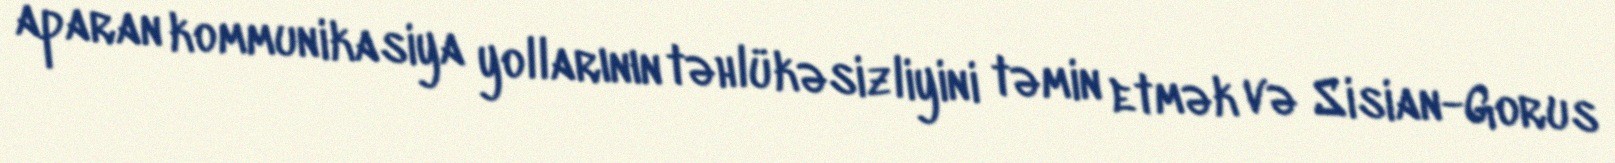
aparan kommunikasiya yollarının təhlükəsizliyini təmin etmək və Sisian-Gorus